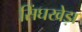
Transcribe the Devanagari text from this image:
सिंघखेड़ा